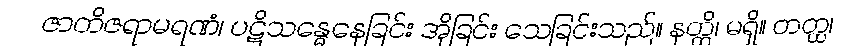
ဇာတိဇရာမရဏံ၊ ပဋိသန္ဓေနေခြင်း အိုခြင်း သေခြင်းသည်။ နတ္ထိ၊ မရှိ။ တတ္ထ၊